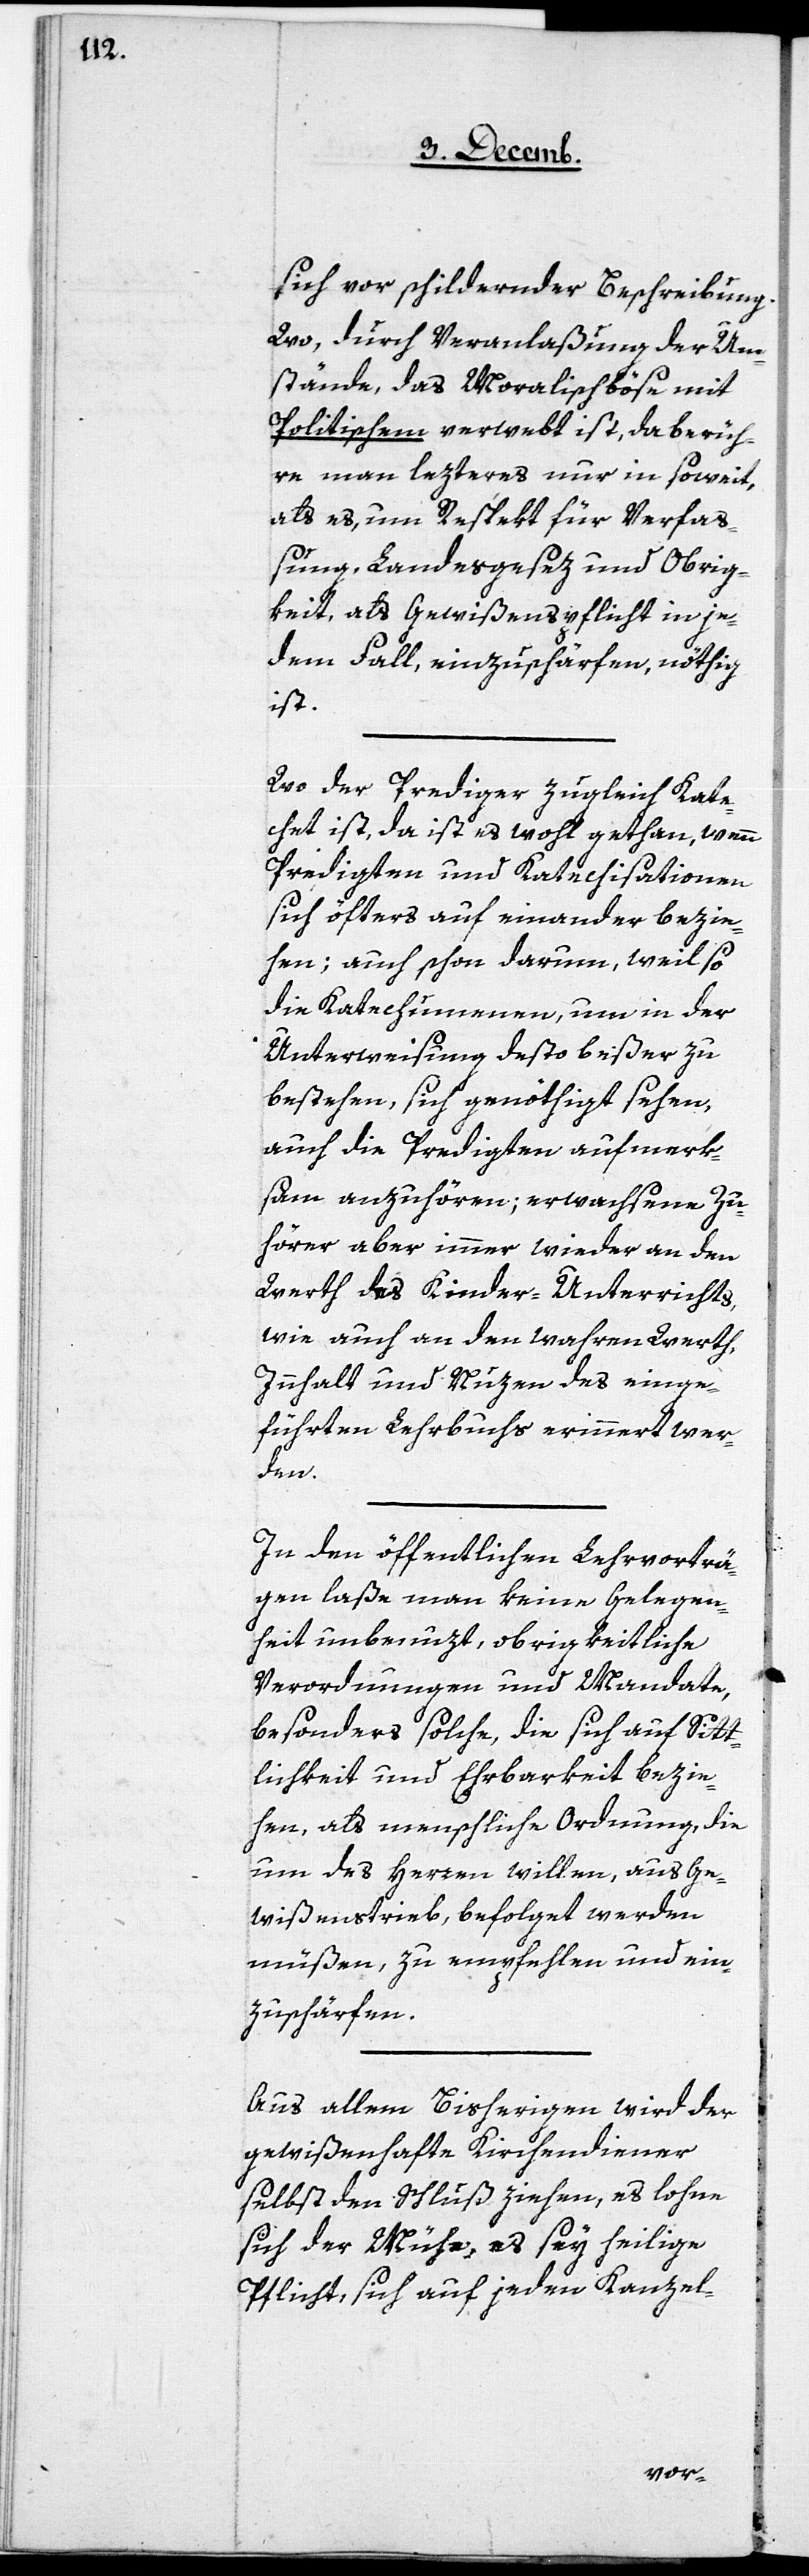
sich vor schildernder Beschreibung.
Wo, durch Veranlaßung der Um¬
stände, das Moralischböse mit
Politischem verwebt ist, da berüh¬
re man lezteres nur in soweit,
als es, um Respekt für Verfa¬
ßung, Landesgesez und Obrig¬
keit, als Gewißenspflicht in je¬
dem Fall, einzuschärfen, nöthig
ist.
Wo der Prediger zugleich Kate¬
chet ist, da ist es wohl gethan, wenn
Predigten und Katechisationen
sich öfters auf einander bezie¬
hen; auch schon darum, weil so
die Katechumenen, um in der
Unterweisung desto beßer zu
bestehen, sich genöthigt sehen,
auch die Predigten aufmerk¬
sam anzuhören; erwachsene Zu¬
hörer aber immer wieder an den
Werth des Kinder-Unterrichts,
wie auch an den wahren Werth,
Innhalt und Nuzen des einge¬
führten Lehrbuchs erinnert wer¬
den.
In den öffentlichen Lehrvorträ¬
gen laße man keine Gelegen¬
heit unbenuzt, obrigkeitliche
Verordnungen und Mandate,
besonders solche, die sich auf Sitt¬
lichkeit und Ehrbarkeit bezie¬
hen, als menschliche Ordnung, die
um des Herzen willen, aus Ge¬
wißenstrieb, befolget werden
müßen, zu empfehlen und ein¬
zuschärfen.
Aus allem Bisherigen wird der
gewißenhafte Kirchendiener
selbst den Schluß ziehen, es lohne
sich der Mühe, es sey heilige
Pflicht, sich auf jeden Kanzel-